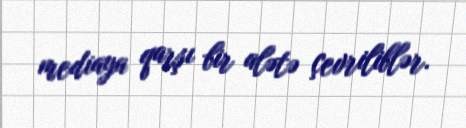
mediaya qarşı bir alətə çevriliblər.